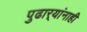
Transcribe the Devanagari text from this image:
पुढार्‍यांनाही